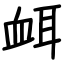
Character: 衈